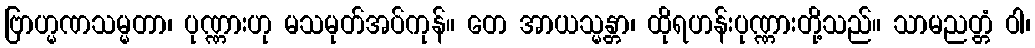
ဗြာဟ္မဏသမ္မတာ၊ ပုဏ္ဏားဟု မသမုတ်အပ်ကုန်။ တေ အာယသ္မန္တာ၊ ထိုရဟန်းပုဏ္ဏားတို့သည်။ သာမညတ္တံ ဝါ၊